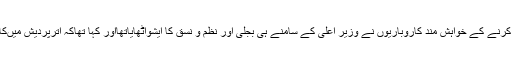
یوپی میں سرمایہ کاری کرنے کے خواہش مند کاروباریوں نے وزیر اعلیٰ کے سامنے ہی بجلی اور نظم و نسق کا ایشواٹھایاتھااور کہا تھاکہ اترپردیش میںکاروباری ماحول نہیںہے۔